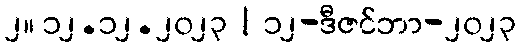
၂။ ၁၂.၁၂.၂၀၂၃ | ၁၂-ဒီဇင်ဘာ-၂၀၂၃